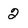
Character: 2